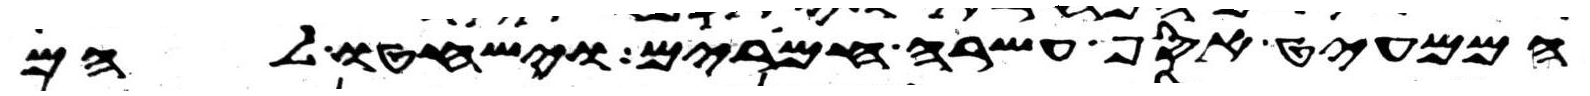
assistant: הממעיט אסף עשרה חמרים וישחטו להם